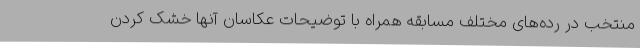
منتخب در رده‌های مختلف مسابقه همراه با توضیحات عکاسان آنها خشک کردن